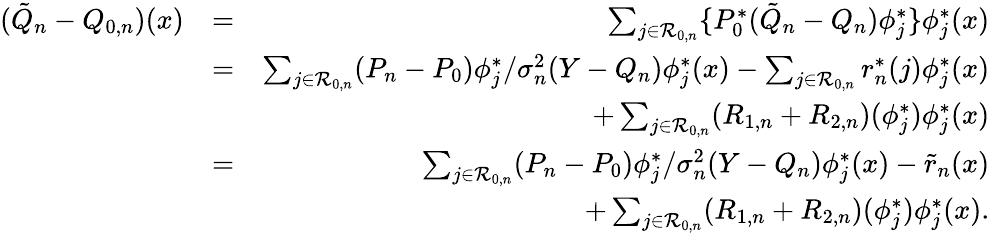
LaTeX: \begin{array}{rlr}{(\tilde{Q}_{n}-Q_{0,n})(x)}&{=}&{\sum_{j\in{\cal R}_{0,n}}\{ P_{0}^{*}(\tilde{Q}_{n}-Q_{n})\phi_{j}^{*}\} \phi_{j}^{*}(x)}\\ &{=}&{\sum_{j\in{\cal R}_{0,n}}(P_{n}-P_{0})\phi_{j}^{*}/\sigma_{n}^{2}(Y-{Q_{n}})\phi_{j}^{*}(x)-\sum_{j\in{\cal R}_{0,n}}r_{n}^{*}(j)\phi_{j}^{*}(x)}\\ &{}&{+\sum_{j\in{\cal R}_{0,n}}(R_{1,n}+R_{2,n})(\phi_{j}^{*})\phi_{j}^{*}(x)}\\ &{=}&{\sum_{j\in{\cal R}_{0,n}}(P_{n}-P_{0})\phi_{j}^{*}/\sigma_{n}^{2}(Y-{Q_{n}})\phi_{j}^{*}(x)-\tilde{r}_{n}(x)}\\ &{}&{+\sum_{j\in{\cal R}_{0,n}}(R_{1,n}+R_{2,n})(\phi_{j}^{*})\phi_{j}^{*}(x).}\end{array}